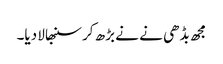
مجھ بڈھی نے نے بڑھ کر سنبھالا دیا۔